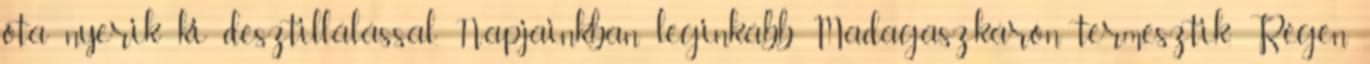
óta nyerik ki desztillálással. Napjainkban leginkább Madagaszkáron termesztik. Régen